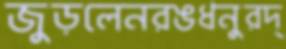
জুড়লেনরঙধনুরদ্